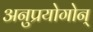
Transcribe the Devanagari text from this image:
अनुप्रयोगोन्